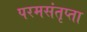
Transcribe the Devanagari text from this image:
परमसंतृप्ता